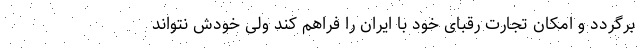
برگردد و امکان تجارت رقبای خود با ایران را فراهم کند ولی خودش نتواند